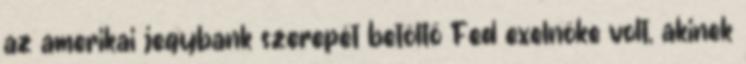
az amerikai jegybank szerepét betöltő Fed exelnöke volt, akinek